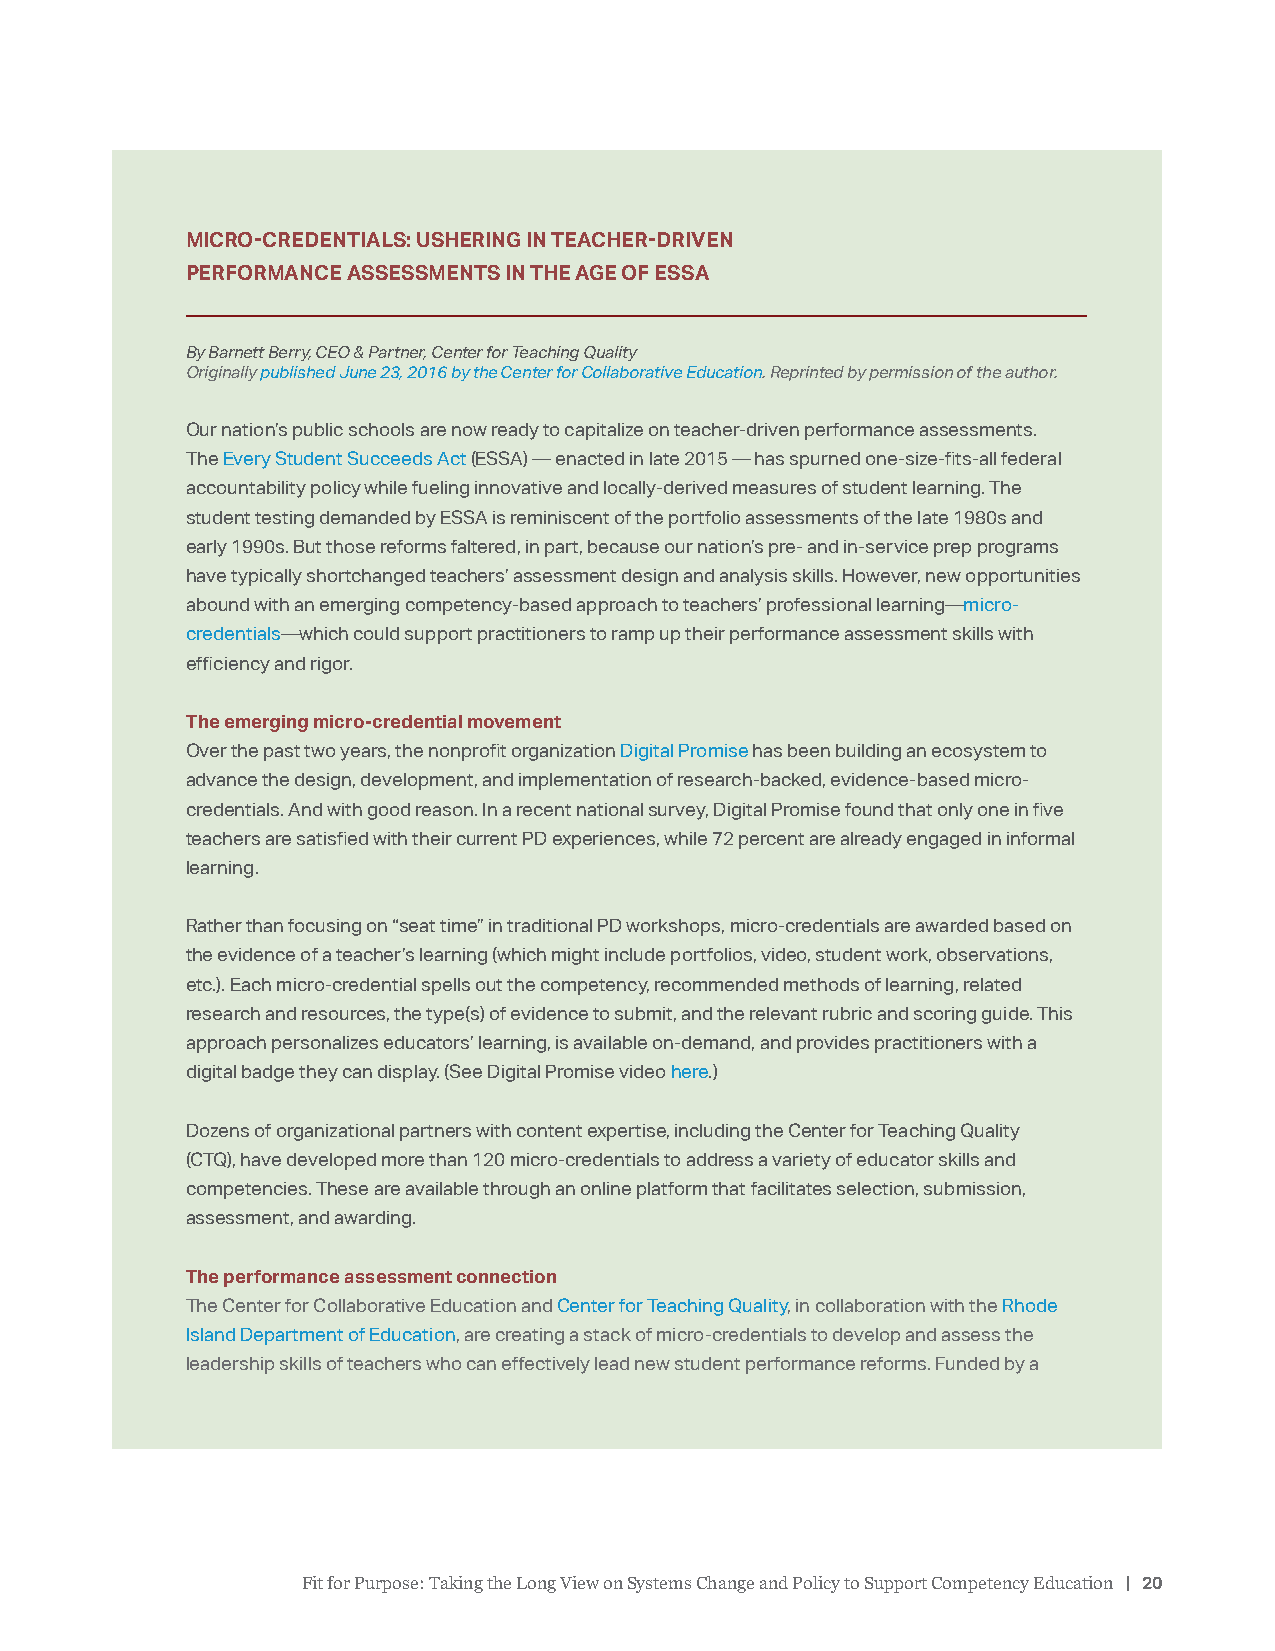
MICRO-CREDENTIALS: USHERING IN TEACHER-DRIVEN
 PERFORMANCE ASSESSMENTS IN THE AGE OF ESSA
 By Barnett Berry, CEO & Partner, Center for Teaching Quality
 Originally published June 23, 2016 by the Center for Collaborative Education. Reprinted by permission of the author.
 Our nation’s public schools are now ready to capitalize on teacher-driven performance assessments.
 The Every Student Succeeds Act (ESSA) — enacted in late 2015 — has spurned one-size-fits-all federal
 accountability policy while fueling innovative and locally-derived measures of student learning. The
 student testing demanded by ESSA is reminiscent of the portfolio assessments of the late 1980s and
 early 1990s. But those reforms faltered, in part, because our nation’s pre- and in-service prep programs
 have typically shortchanged teachers’ assessment design and analysis skills. However, new opportunities
 abound with an emerging competency-based approach to teachers’ professional learning—micro-
 credentials—which could support practitioners to ramp up their performance assessment skills with
 efficiency and rigor.
 The emerging micro-credential movement
 Over the past two years, the nonprofit organization Digital Promise has been building an ecosystem to
 advance the design, development, and implementation of research-backed, evidence-based micro-
 credentials. And with good reason. In a recent national survey, Digital Promise found that only one in five
 teachers are satisfied with their current PD experiences, while 72 percent are already engaged in informal
 learning.
 Rather than focusing on “seat time” in traditional PD workshops, micro-credentials are awarded based on
 the evidence of a teacher’s learning (which might include portfolios, video, student work, observations,
 etc.). Each micro-credential spells out the competency, recommended methods of learning, related
 research and resources, the type(s) of evidence to submit, and the relevant rubric and scoring guide. This
 approach personalizes educators’ learning, is available on-demand, and provides practitioners with a
 digital badge they can display. (See Digital Promise video here.)
 Dozens of organizational partners with content expertise, including the Center for Teaching Quality
 (CTQ), have developed more than 120 micro-credentials to address a variety of educator skills and
 competencies. These are available through an online platform that facilitates selection, submission,
 assessment, and awarding.
 The performance assessment connection
 The Center for Collaborative Education and Center for Teaching Quality, in collaboration with the Rhode
 Island Department of Education, are creating a stack of micro-credentials to develop and assess the
 leadership skills of teachers who can effectively lead new student performance reforms. Funded by a
 Fit for Purpose: Taking the Long View on Systems Change and Policy to Support Competency Education | 20